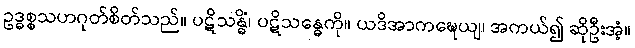
ဥဒ္ဓစ္စသဟဂုတ်စိတ်သည်။ ပဋိသန္ဓိံ၊ ပဋိသန္ဓေကို။ ယဒိအာကဍ္ဎေယျ၊ အကယ်၍ ဆိုဦးအံ့။